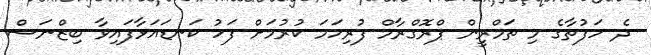
ދެ ހަފުތާގެ މި ތަމްރީން ޕްރޮގްރާމް ފުރިހަމަ ކުރުމަށް ފަހު ކަނޑައަޅާފައިވާ ބިޒްނަސް